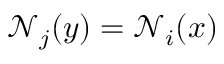
\mathcal { N } _ { j } ( y ) = \mathcal { N } _ { i } ( x )